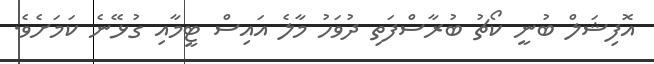
އޮފިޝަލް ބުނީ ކޯޗު ބުރާސްފަތި ދުވަހު މާލެ އައިސް ޓީމާއި ގުޅޭނެ ކަމަށެވެ.